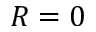
R = 0